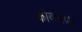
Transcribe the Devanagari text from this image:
कोक्लीअ